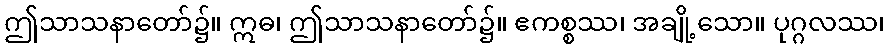
ဤသာသနာတော်၌။ ဣဓ၊ ဤသာသနာတော်၌။ ဧကစ္စဿ၊ အချို့သော။ ပုဂ္ဂလဿ၊